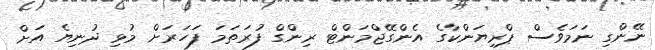
ނޭންގި ނަމަވެސް ޕްރިޔަންކާގެ އެންގޭޖްމަންޓް ރިންގް ފުރަތަމަ ފަހަރަށް މުޅި ދުނިޔެ އަށް